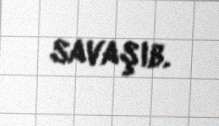
savaşıb.